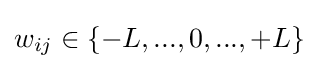
w_{ij}\in \left\{-L,...,0,...,+L\right\}